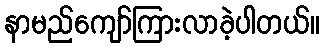
နာမည်ကျော်ကြားလာခဲ့ပါတယ်။